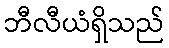
ဘီလီယံရှိသည်